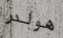
هولدر